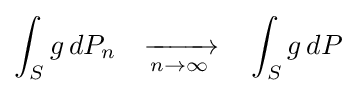
\int _{S}g\,dP_{n}\quad {\xrightarrow[{n\to \infty }]{}}\quad \int _{S}g\,dP